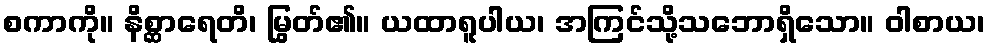
စကာကို။ နိစ္ဆာရေတိ၊ မြွတ်၏။ ယထာရူပါယ၊ အကြင်သို့သဘောရှိသော။ ဝါစာယ၊